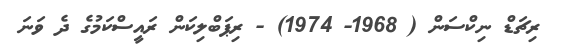
ރިޗަޑް ނިކްސަން ( 1968- 1974) - ރިޕަބްލިކަން ރައީސްކަމުގެ ދެ ވަނަ